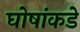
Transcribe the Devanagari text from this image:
घोषांकडे